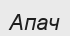
Апач